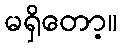
မရှိတော့။